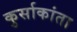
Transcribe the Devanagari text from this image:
कुर्साकांता